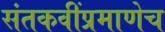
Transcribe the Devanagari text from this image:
संतकवींप्रमाणेच